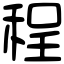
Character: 程